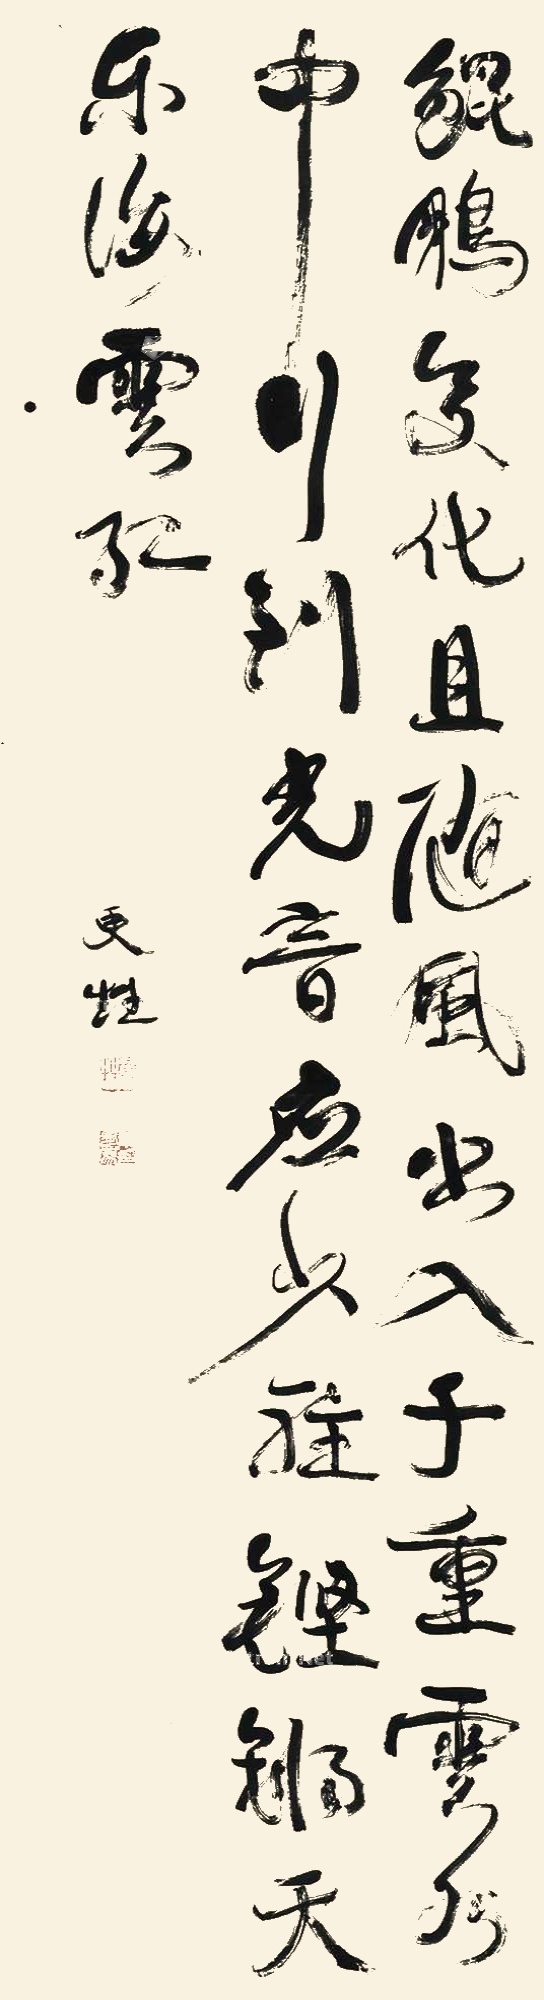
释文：鲲鹏变化且随风，出入千重云水中。行到光音应少驻，铿锵天乐海云红。更甡。